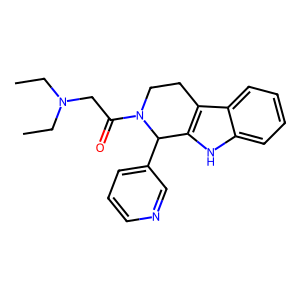
SMILES: CCN(CC)CC(=O)N1CCc2c([nH]c3ccccc23)C1c1cccnc1
Inhibits HIV replication: No